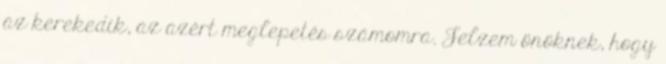
az kerekedik, az azért meglepetés számomra. Jelzem önöknek, hogy